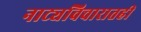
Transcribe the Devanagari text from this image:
नाट्यविचारातही